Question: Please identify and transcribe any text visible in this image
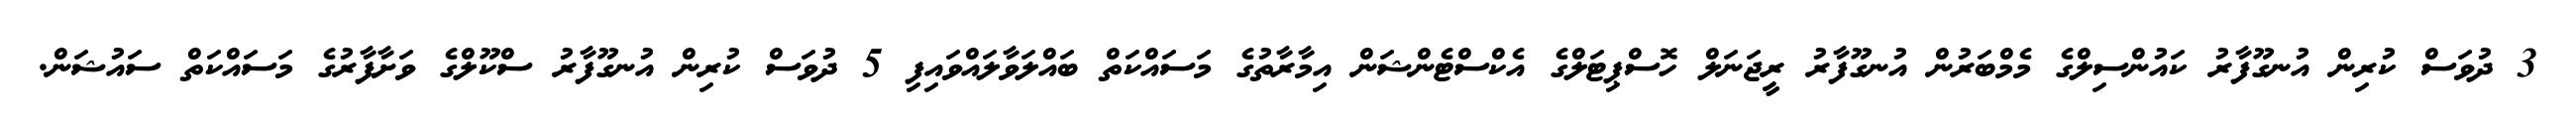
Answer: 3 ދުވަސް ކުރިން އުނގޫފާރު ކައުންސިލްގެ މެމްބަރުން އުނގޫފާރު ރީޖަނަލް ހޮސްޕިޓަލްގެ އެކްސްޓެންޝަން އިމާރާތުގެ މަސައްކަތް ބައްލަވާލައްވައިފި 5 ދުވަސް ކުރިން އުނގޫފާރު ސްކޫލްގެ ވަށާފާރުގެ މަސައްކަތް ސައުޝަން.